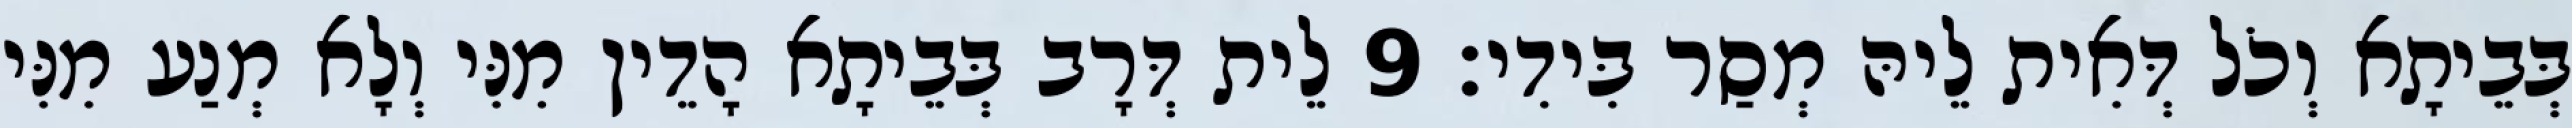
בְּבֵיתָא וְכֹל דְּאִית לֵיהּ מְסַר בִּידִי׃ 9 לֵית דְּרָב בְּבֵיתָא הָדֵין מִנִּי וְלָא מְנַע מִנִּי